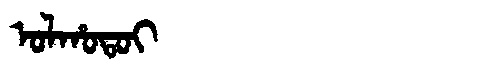
Manchu: ᠣᠯᡥᠣᡨᠣᡳ
Romanization: OLHOTOI